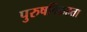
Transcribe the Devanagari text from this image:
पुरुषविग्रहता